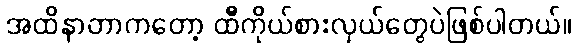
အထိနာတာကတော့ ထီကိုယ်စားလှယ်တွေပဲဖြစ်ပါတယ်။